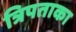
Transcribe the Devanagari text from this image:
त्रिपताका